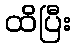
ထိပြီး